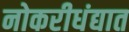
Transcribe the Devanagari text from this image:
नोकरीधंद्यात